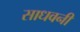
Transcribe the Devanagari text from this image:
साधवनी